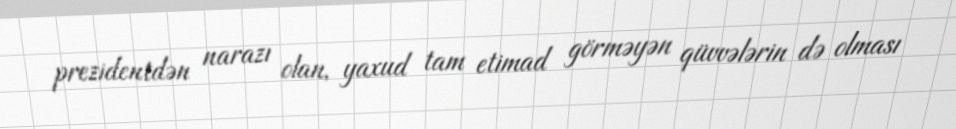
prezidentdən narazı olan, yaxud tam etimad görməyən qüvvələrin də olması